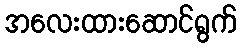
အလေးထားဆောင်ရွက်